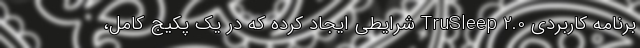
برنامه کاربردی TruSleep 2.0 شرایطی ایجاد کرده که در یک پکیج کامل،